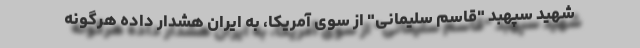
شهید سپهبد "قاسم سلیمانی" از سوی آمریکا، به ایران هشدار داده هرگونه